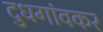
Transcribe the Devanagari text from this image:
दुधगांवकर